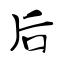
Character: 后